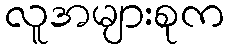
လူအများစုက